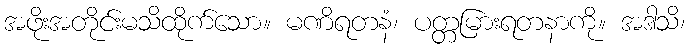
အဖိုးအတိုင်းမသိထိုက်သော။ မဏိရတနံ၊ ပတ္တမြားရတနာကို။ အဒါသိ၊